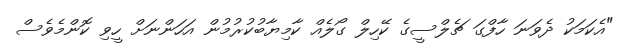
"އެކަމަކު ދެވަނަ ހާފްގަ ޗެލްސީގެ ކޭހިލް ގޯލެއް ކާމިޔާބުކުރުމުން އަހަންނަށް ހީވި ކޮންމެވެސް